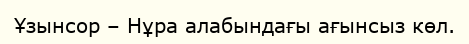
Ұзынсор – Нұра алабындағы ағынсыз көл.